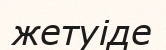
жетуіде